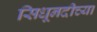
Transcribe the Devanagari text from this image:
सिधूनदीच्या